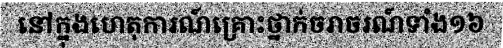
នៅក្នុងហេតុការណ៍គ្រោះថ្នាក់ចរាចរណ៍ទាំង១៦